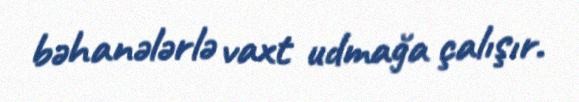
bəhanələrlə vaxt udmağa çalışır.